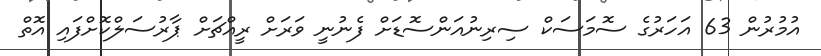
އުމުރުން 63 އަހަރުގެ ސޮމަސަކް ސިރިނުއަންސޮޑަށް ފެނުނީ ވަރަށް ރީއްޗަށް ޕާރުސަލްކޮށްފައި އޮތް